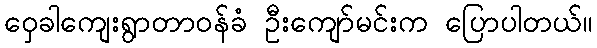
ဝှေခါကျေးရွာတာဝန်ခံ ဦးကျော်မင်းက ပြောပါတယ်။